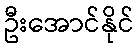
ဦးအောင်နိုင်